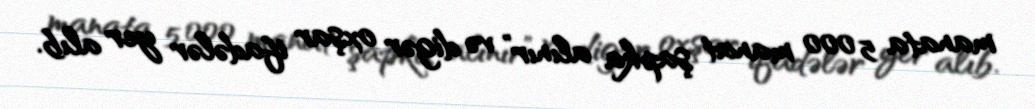
manata 5 000 manat şapka alınır” və digər oxşar ifadələr yer alıb.